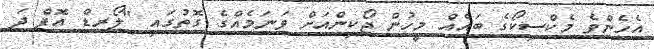
އެހެންވެ މެކްސިކޯގެ ބައެއް މީހުން ޖޯކިންއަށް ވަނަމެއްގެ ގޮތުގައި "ލޯރޑް އޮފް ދަ